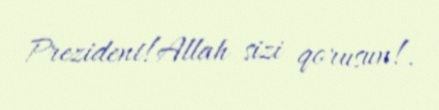
Prezident!Allah sizi qorusun!.